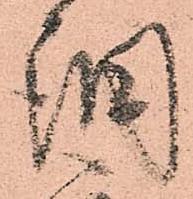
調